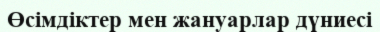
Өсімдіктер мен жануарлар дүниесі